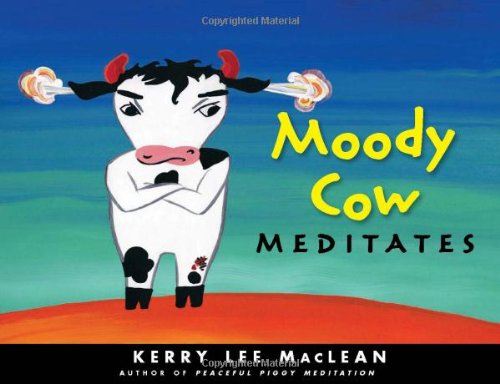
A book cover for Moody Cow Meditates; Kerry Lee MacLean; Children's Books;